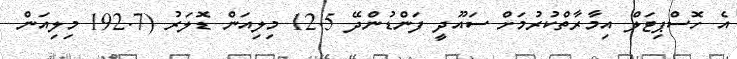
އެ ހޮސްޕިޓަލް އިމާރާތްކުރުމަށް ސައޫދީ ފަންޑުންދޭ 12.5 މިލިއަން ޑޮލަރު (192.7 މިލިއަން